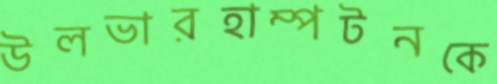
উলভারহাম্পটনকে